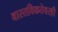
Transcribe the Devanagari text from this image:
वास्तविकतेवरही